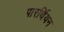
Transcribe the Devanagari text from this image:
पारर्थियन